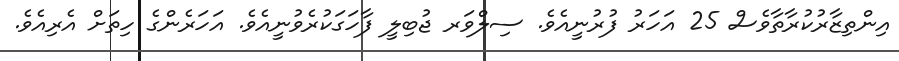
އިންތިޒާރުކުރާތާވެސް 25 އަހަރު ފުރުނީއެވެ. ސިލްވަރ ޖުބިލީ ފާހަގަކުރެވުނީއެވެ. އަހަރެންގެ ހިތަށް އެރިއެވެ.